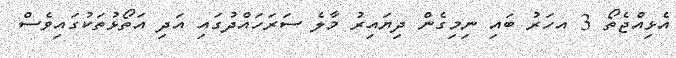
އެޅިއްޖެތޯ 3 އހަރު ބައި ނިމިގެން ދިޔައިރު މާލެ ސަރަހައްދުގައި އަދި އަތޯޅުތަކުގައިވެސް